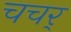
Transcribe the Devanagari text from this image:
चचर्